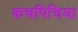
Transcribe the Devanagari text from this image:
कचपिचिया